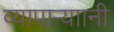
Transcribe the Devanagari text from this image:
व्यापाऱ्याानी